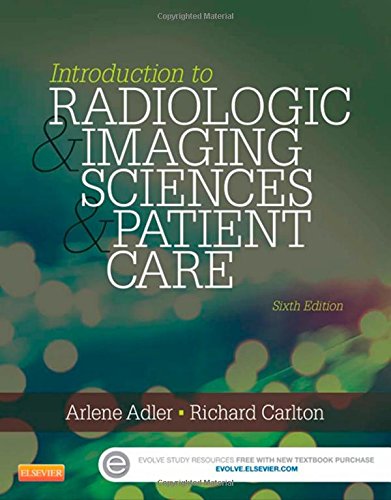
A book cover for Introduction to Radiologic and Imaging Sciences and Patient Care, 6e; Arlene M. Adler MEd  RT(R)  FAEIRS; Medical Books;